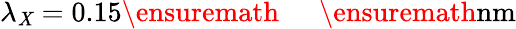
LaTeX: \lambda_{\mathit{X}}=0.15\ensuremath{{\mathrm{{~\textrm{~}{~\, ~}~}}}}\ensuremath{{\mathrm{{nm}}}}